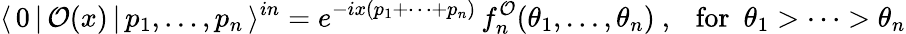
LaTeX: \langle\, 0\, |\, \mathcal{O}(x)\, |\, p_{1},\dots,p_{n}\, \rangle^{in}=e^{-ix(p_{1}+\dots+p_{n})}\, f_{n}^{\mathcal{O}}(\theta_{1},\dots,\theta_{n})~,~~~\mathrm{for}~~\theta_{1}>\dots>\theta_{n}